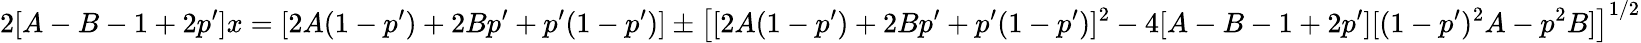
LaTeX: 2[A-B-1+2p^{\prime}]x=[2A(1-p^{\prime})+2Bp^{\prime}+p^{\prime}(1-p^{\prime})]\pm\left[[2A(1-p^{\prime})+2Bp^{\prime}+p^{\prime}(1-p^{\prime})]^{2}-4[A-B-1+2p^{\prime}][(1-p^{\prime})^{2}A-p^{2}B]\right]^{1/2}